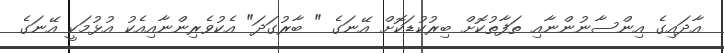
އާދައިގެ އިންސާނުންނާއި ތަފާތުކޮށް ބިރުކުޑަކޮށް އޭނަގެ " ބާރުގަދަ" އެކުވެރިންނާއިއެކު އުޅުމަކީ އޭނަގެ